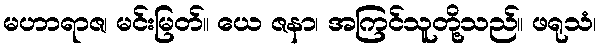
မဟာရာဇ၊ မင်းမြတ်။ ယေ ဇနာ၊ အကြင်သူတို့သည်။ ဖရုသံ၊